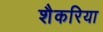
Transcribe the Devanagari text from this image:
शैकरिया